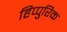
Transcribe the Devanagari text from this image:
हिप्पुरिक